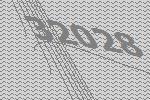
32028